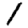
Digit: 1